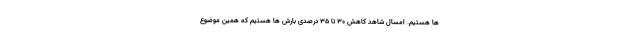
ها هستیم. امسال شاهد کاهش ۳۰ تا ۳۵ درصدی بارش ها هستیم که همین موضوع